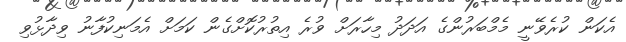
އެކަން ކުރެވޭނީ މެމްބަރުންގެ އަދަދު މިހާރަށް ވުރެ އިތުރުކޮށްގެން ކަމަށް އެމަނިކުފާނު ވިދާޅުވި